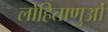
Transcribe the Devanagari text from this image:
लोहिताणुओं